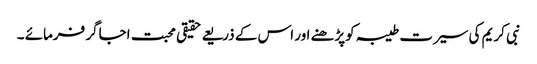
نبی کریم کی سیرت طیبہ کوپڑھنے اور اس کے ذریعے حقیقی محبت اجاگر فرمائے ۔